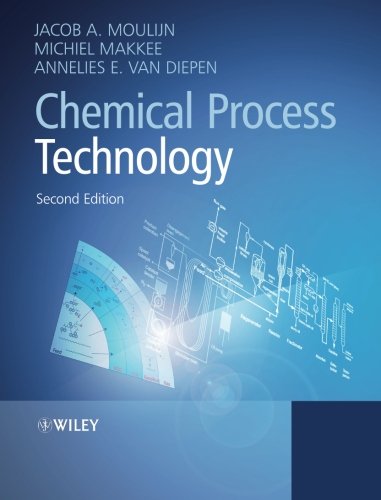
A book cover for Chemical Process Technology; Jacob A. Moulijn; Engineering & Transportation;